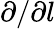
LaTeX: \partial/\partial l